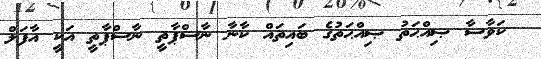
ކަވާސާ ޞިއްޙަތު ޞިއްޙަތުގެ ބައިތައް ކާނާ ނާސްޕާތީ ނާސްޕާތީ އަކީ އާފަލް